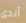
آندى